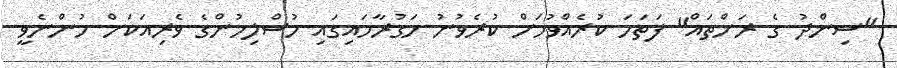
''ސިންދު ގެ ރަށްތައް'' ފަތަހަ ކުރެއްވުމަށް ކުރެވުނު ހަގުރާމައިގައި މުސްލިމުންގެ ވެރިއަކަށް ހުންނެވީ